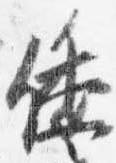
倭